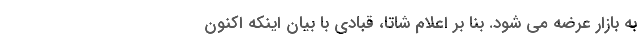
به بازار عرضه می شود. بنا بر اعلام شاتا، قبادی با بیان اینکه اکنون